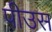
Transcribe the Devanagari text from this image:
पीउस